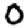
Digit: 0